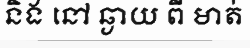
និង នៅ ឆ្ងាយ ពី មាត់